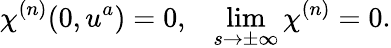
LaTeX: \chi^{(n)}(0,u^{a})=0,\; \; \; \operatorname*{lim}_{s\rightarrow\pm\infty}\chi^{(n)}=0.